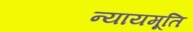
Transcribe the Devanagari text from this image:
न्यायमूति